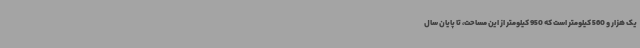
یک هزار و 560 کیلومتر است که 950 کیلومتر از این مساحت، تا پایان سال